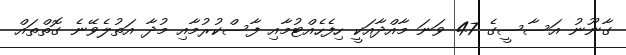
ގާނޫނު އަސާސީގެ 47 ވަނަ މާއްދާއަކީ ހިފެހެއްޓުމާއި ފާސްކުރުމާއި މުދާ އަތުލެވޭނެ ގޮތްތައް